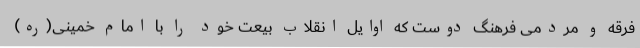
فرقه و مردمی فرهنگ دوست که اوایل انقلاب بیعت خود را با امام خمینی(ره)